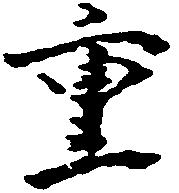
重